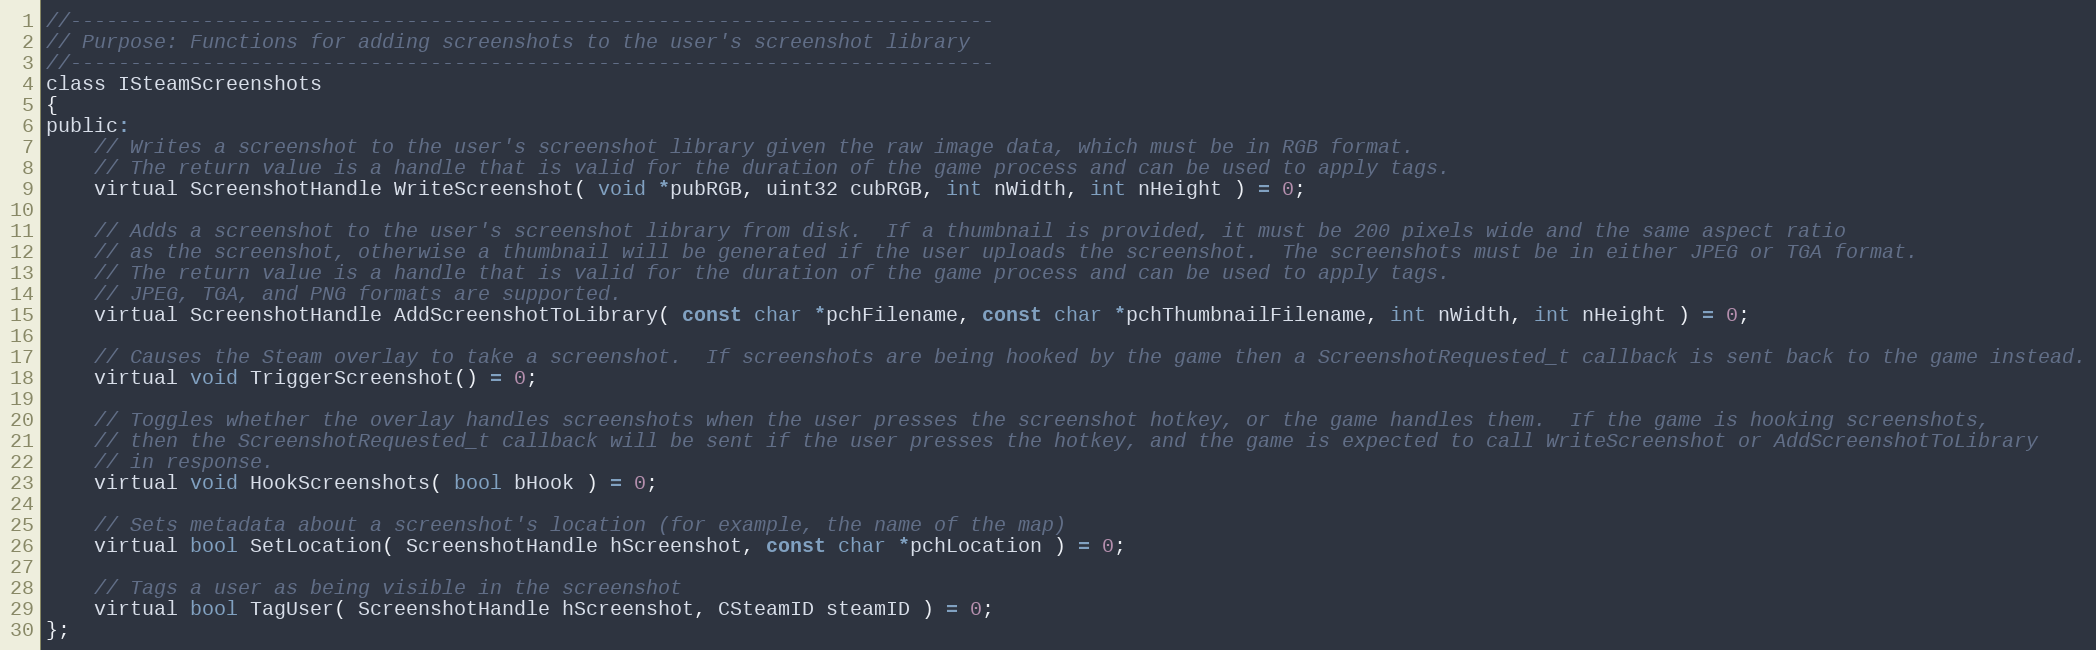
Language: C
//-----------------------------------------------------------------------------
// Purpose: Functions for adding screenshots to the user's screenshot library
//-----------------------------------------------------------------------------
class ISteamScreenshots
{
public:
	// Writes a screenshot to the user's screenshot library given the raw image data, which must be in RGB format.
	// The return value is a handle that is valid for the duration of the game process and can be used to apply tags.
	virtual ScreenshotHandle WriteScreenshot( void *pubRGB, uint32 cubRGB, int nWidth, int nHeight ) = 0;

	// Adds a screenshot to the user's screenshot library from disk.  If a thumbnail is provided, it must be 200 pixels wide and the same aspect ratio
	// as the screenshot, otherwise a thumbnail will be generated if the user uploads the screenshot.  The screenshots must be in either JPEG or TGA format.
	// The return value is a handle that is valid for the duration of the game process and can be used to apply tags.
	// JPEG, TGA, and PNG formats are supported.
	virtual ScreenshotHandle AddScreenshotToLibrary( const char *pchFilename, const char *pchThumbnailFilename, int nWidth, int nHeight ) = 0;

	// Causes the Steam overlay to take a screenshot.  If screenshots are being hooked by the game then a ScreenshotRequested_t callback is sent back to the game instead.
	virtual void TriggerScreenshot() = 0;

	// Toggles whether the overlay handles screenshots when the user presses the screenshot hotkey, or the game handles them.  If the game is hooking screenshots,
	// then the ScreenshotRequested_t callback will be sent if the user presses the hotkey, and the game is expected to call WriteScreenshot or AddScreenshotToLibrary
	// in response.
	virtual void HookScreenshots( bool bHook ) = 0;

	// Sets metadata about a screenshot's location (for example, the name of the map)
	virtual bool SetLocation( ScreenshotHandle hScreenshot, const char *pchLocation ) = 0;

	// Tags a user as being visible in the screenshot
	virtual bool TagUser( ScreenshotHandle hScreenshot, CSteamID steamID ) = 0;
};